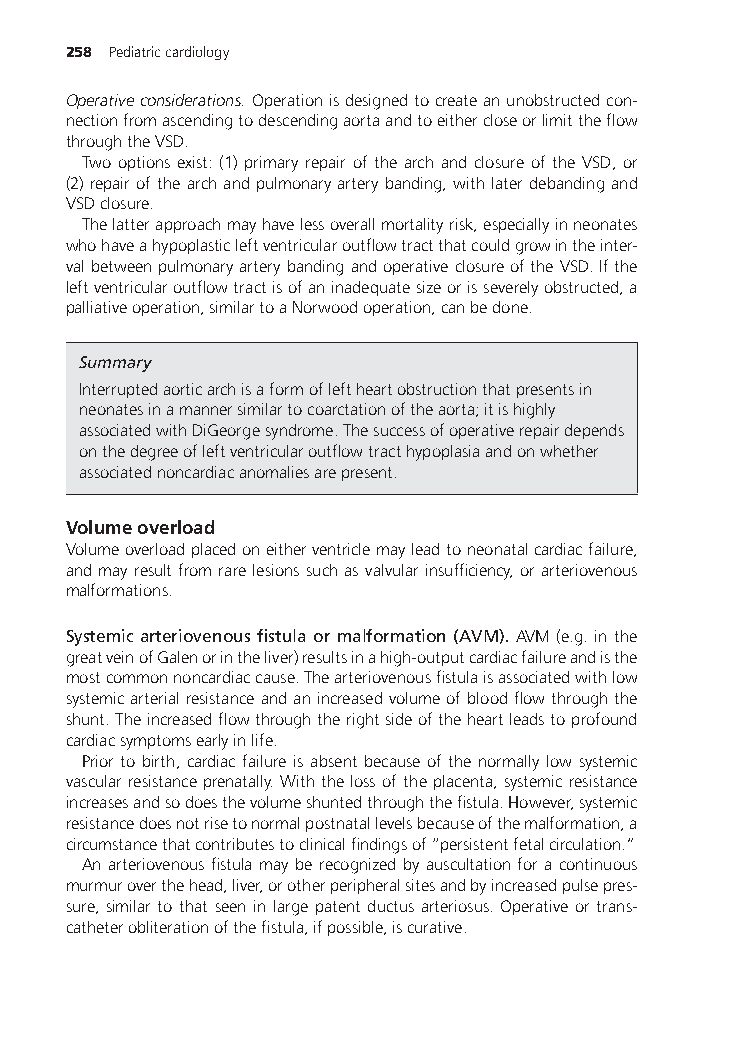
258 Pediatriccardiology
 Operativeconsiderations. Operationisdesignedtocreateanunobstructedcon-
 nectionfromascendingtodescendingaortaandtoeithercloseorlimittheflow
 throughtheVSD.
 Two options exist: (1) primary repair of the arch and closure of the VSD, or
 (2)repairofthearchandpulmonaryarterybanding,withlaterdebandingand
 VSDclosure.
 Thelatterapproachmayhavelessoverallmortalityrisk,especiallyinneonates
 whohaveahypoplasticleftventricularoutflowtractthatcouldgrowintheinter-
 valbetweenpulmonaryarterybandingandoperativeclosureoftheVSD.Ifthe
 leftventricularoutflowtractisofaninadequatesizeorisseverelyobstructed,a
 palliativeoperation,similartoaNorwoodoperation,canbedone.
 Summary
 Interruptedaorticarchisaformofleftheartobstructionthatpresentsin
 neonatesinamannersimilartocoarctationoftheaorta;itishighly
 associatedwithDiGeorgesyndrome.Thesuccessofoperativerepairdepends
 onthedegreeofleftventricularoutflowtracthypoplasiaandonwhether
 associatednoncardiacanomaliesarepresent.
 Volumeoverload
 Volumeoverloadplacedoneitherventriclemayleadtoneonatalcardiacfailure,
 andmayresultfromrarelesionssuchasvalvularinsufficiency,orarteriovenous
 malformations.
 Systemic arteriovenous fistula or malformation (AVM). AVM (e.g. in the
 greatveinofGalenorintheliver)resultsinahigh-outputcardiacfailureandisthe
 mostcommonnoncardiaccause.Thearteriovenousfistulaisassociatedwithlow
 systemicarterialresistanceandanincreasedvolumeofbloodflowthroughthe
 shunt.Theincreasedflowthroughtherightsideoftheheartleadstoprofound
 cardiacsymptomsearlyinlife.
 Prior to birth, cardiac failure is absent because of the normally low systemic
 vascularresistanceprenatally.Withthelossoftheplacenta,systemicresistance
 increasesandsodoesthevolumeshuntedthroughthefistula.However,systemic
 resistancedoesnotrisetonormalpostnatallevelsbecauseofthemalformation,a
 circumstancethatcontributestoclinicalfindingsof“persistentfetalcirculation.”
 An arteriovenous fistula maybe recognized by auscultation for a continuous
 murmuroverthehead,liver,orotherperipheralsitesandbyincreasedpulsepres-
 sure, similar to that seen in large patent ductus arteriosus. Operative or trans-
 catheterobliterationofthefistula,ifpossible,iscurative.